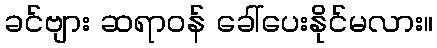
ခင်ဗျား ဆရာဝန် ခေါ်ပေးနိုင်မလား။